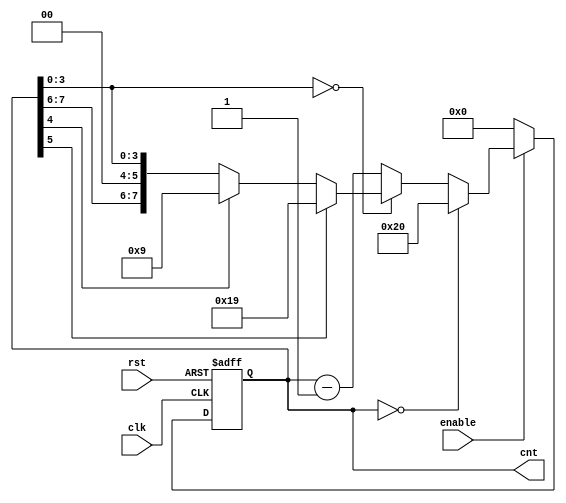
module light_cnt_dn_20 (clk, rst, enable, cnt);
	input clk, rst, enable;
	output [7:0] cnt;
	reg [7:0] cnt;
	always@(posedge clk or posedge rst) begin
	if(rst)
		cnt = 8'b0; // initial state
	else if(enable)  // 0 -> 29 -> 24 -> ... -> 1 -> 0 -> 29
		if(cnt == 8'b0)
			 cnt = 8'b00100000;  // 29
		else if(cnt[3:0] == 4'd0) begin // 20 -> 19, 10 -> 09
			if (cnt[5] == 1'b1)
				cnt = 8'b00011001;
			else if (cnt[4] == 1'b1)
				cnt = 8'b00001001;
		end
		else
			cnt <= cnt - 1;  // 19 -> 18, 18 -> 17, 17 -> 16, 
	else cnt = 8'b0;	
	end
endmodule